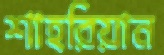
শাহরিয়ান